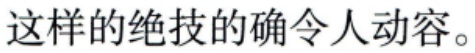
这样的绝技的确令人动容。